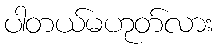
ပါတယ်မဟုတ်လား